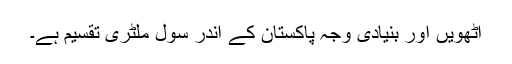
آٹھویں اور بنیادی وجہ پاکستان کے اندر سول ملٹری تقسیم ہے۔